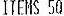
ITEMS 50